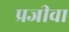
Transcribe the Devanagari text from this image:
प्रजीवा